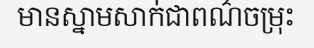
មានស្នាមសាក់ជាពណ៌ចម្រុះ